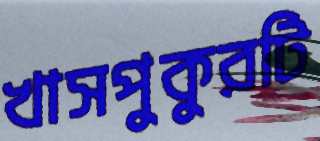
খাসপুকুরটি